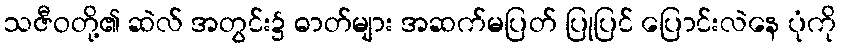
သဇီဝတို့၏ ဆဲလ် အတွင်း၌ ဓာတ်များ အဆက်မပြတ် ပြုပြင် ပြောင်းလဲနေ ပုံကို